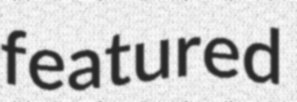
featured